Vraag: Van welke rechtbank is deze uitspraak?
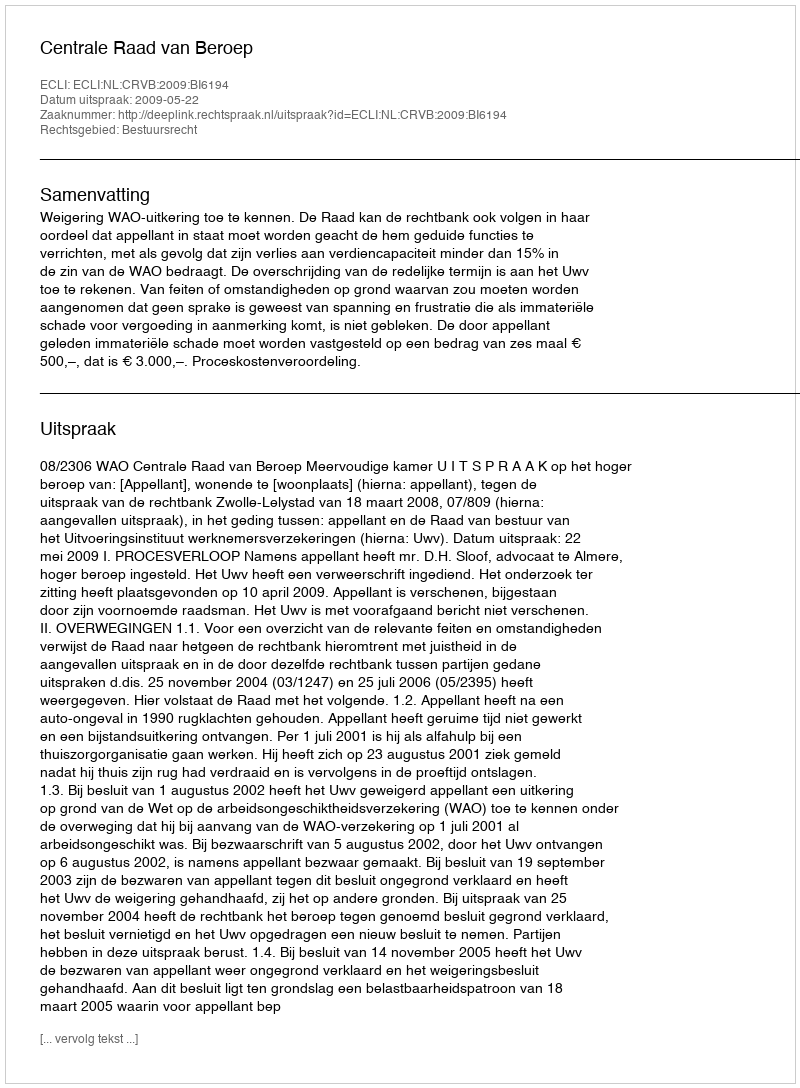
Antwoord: Centrale Raad van Beroep